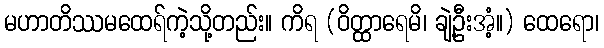
မဟာတိဿမထေရ်ကဲ့သို့တည်း။ ကိရ (ဝိတ္ထာရေမိ၊ ချဲ့ဦးအံ့။) ထေရော၊